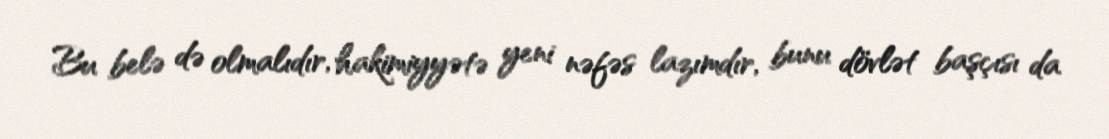
Bu belə də olmalıdır, hakimiyyətə yeni nəfəs lazımdır, bunu dövlət başçısı da